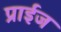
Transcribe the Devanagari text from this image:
प्राईज